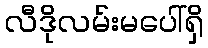
လီဒိုလမ်းမပေါ်ရှိ